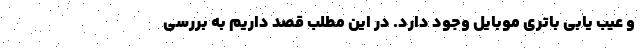
و عیب یابی باتری موبایل وجود دارد. در این مطلب قصد داریم به بررسی